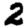
Digit: 2